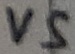
Text: VS